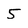
Character: 5